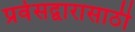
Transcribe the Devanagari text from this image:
प्रवेसद्वारासाठी